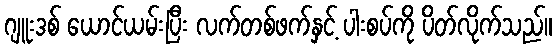
ဂျူးဒစ် ယောင်ယမ်းပြီး လက်တစ်ဖက်နှင့် ပါးစပ်ကို ပိတ်လိုက်သည်။